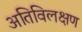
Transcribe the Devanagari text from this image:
अतिविलक्षण